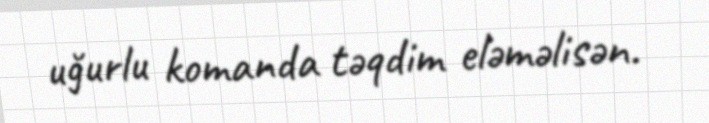
uğurlu komanda təqdim eləməlisən.